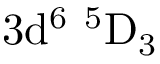
\mathrm { 3 d ^ { 6 } \ ^ { 5 } D _ { 3 } }